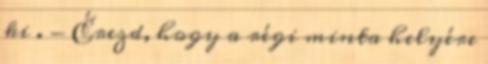
ki . - Érezd, hogy a régi minta helyére